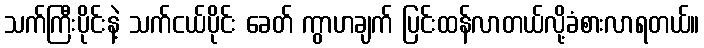
သက်ကြီးပိုင်းနဲ့ သက်ငယ်ပိုင်း ခေတ် ကွာဟချက် ပြင်းထန်လာတယ်လို့ခံစားလာရတယ်။